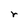
Character: r